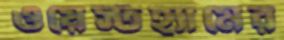
ওয়েস্টহ্যামের